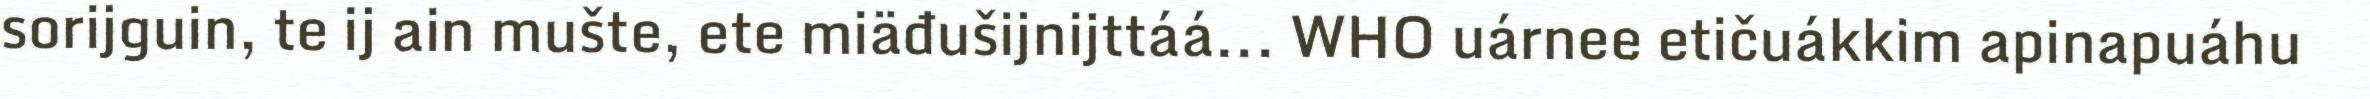
sorijguin, te ij ain mušte, ete miäđušijnijttáá... WHO uárnee etičuákkim apinapuáhu